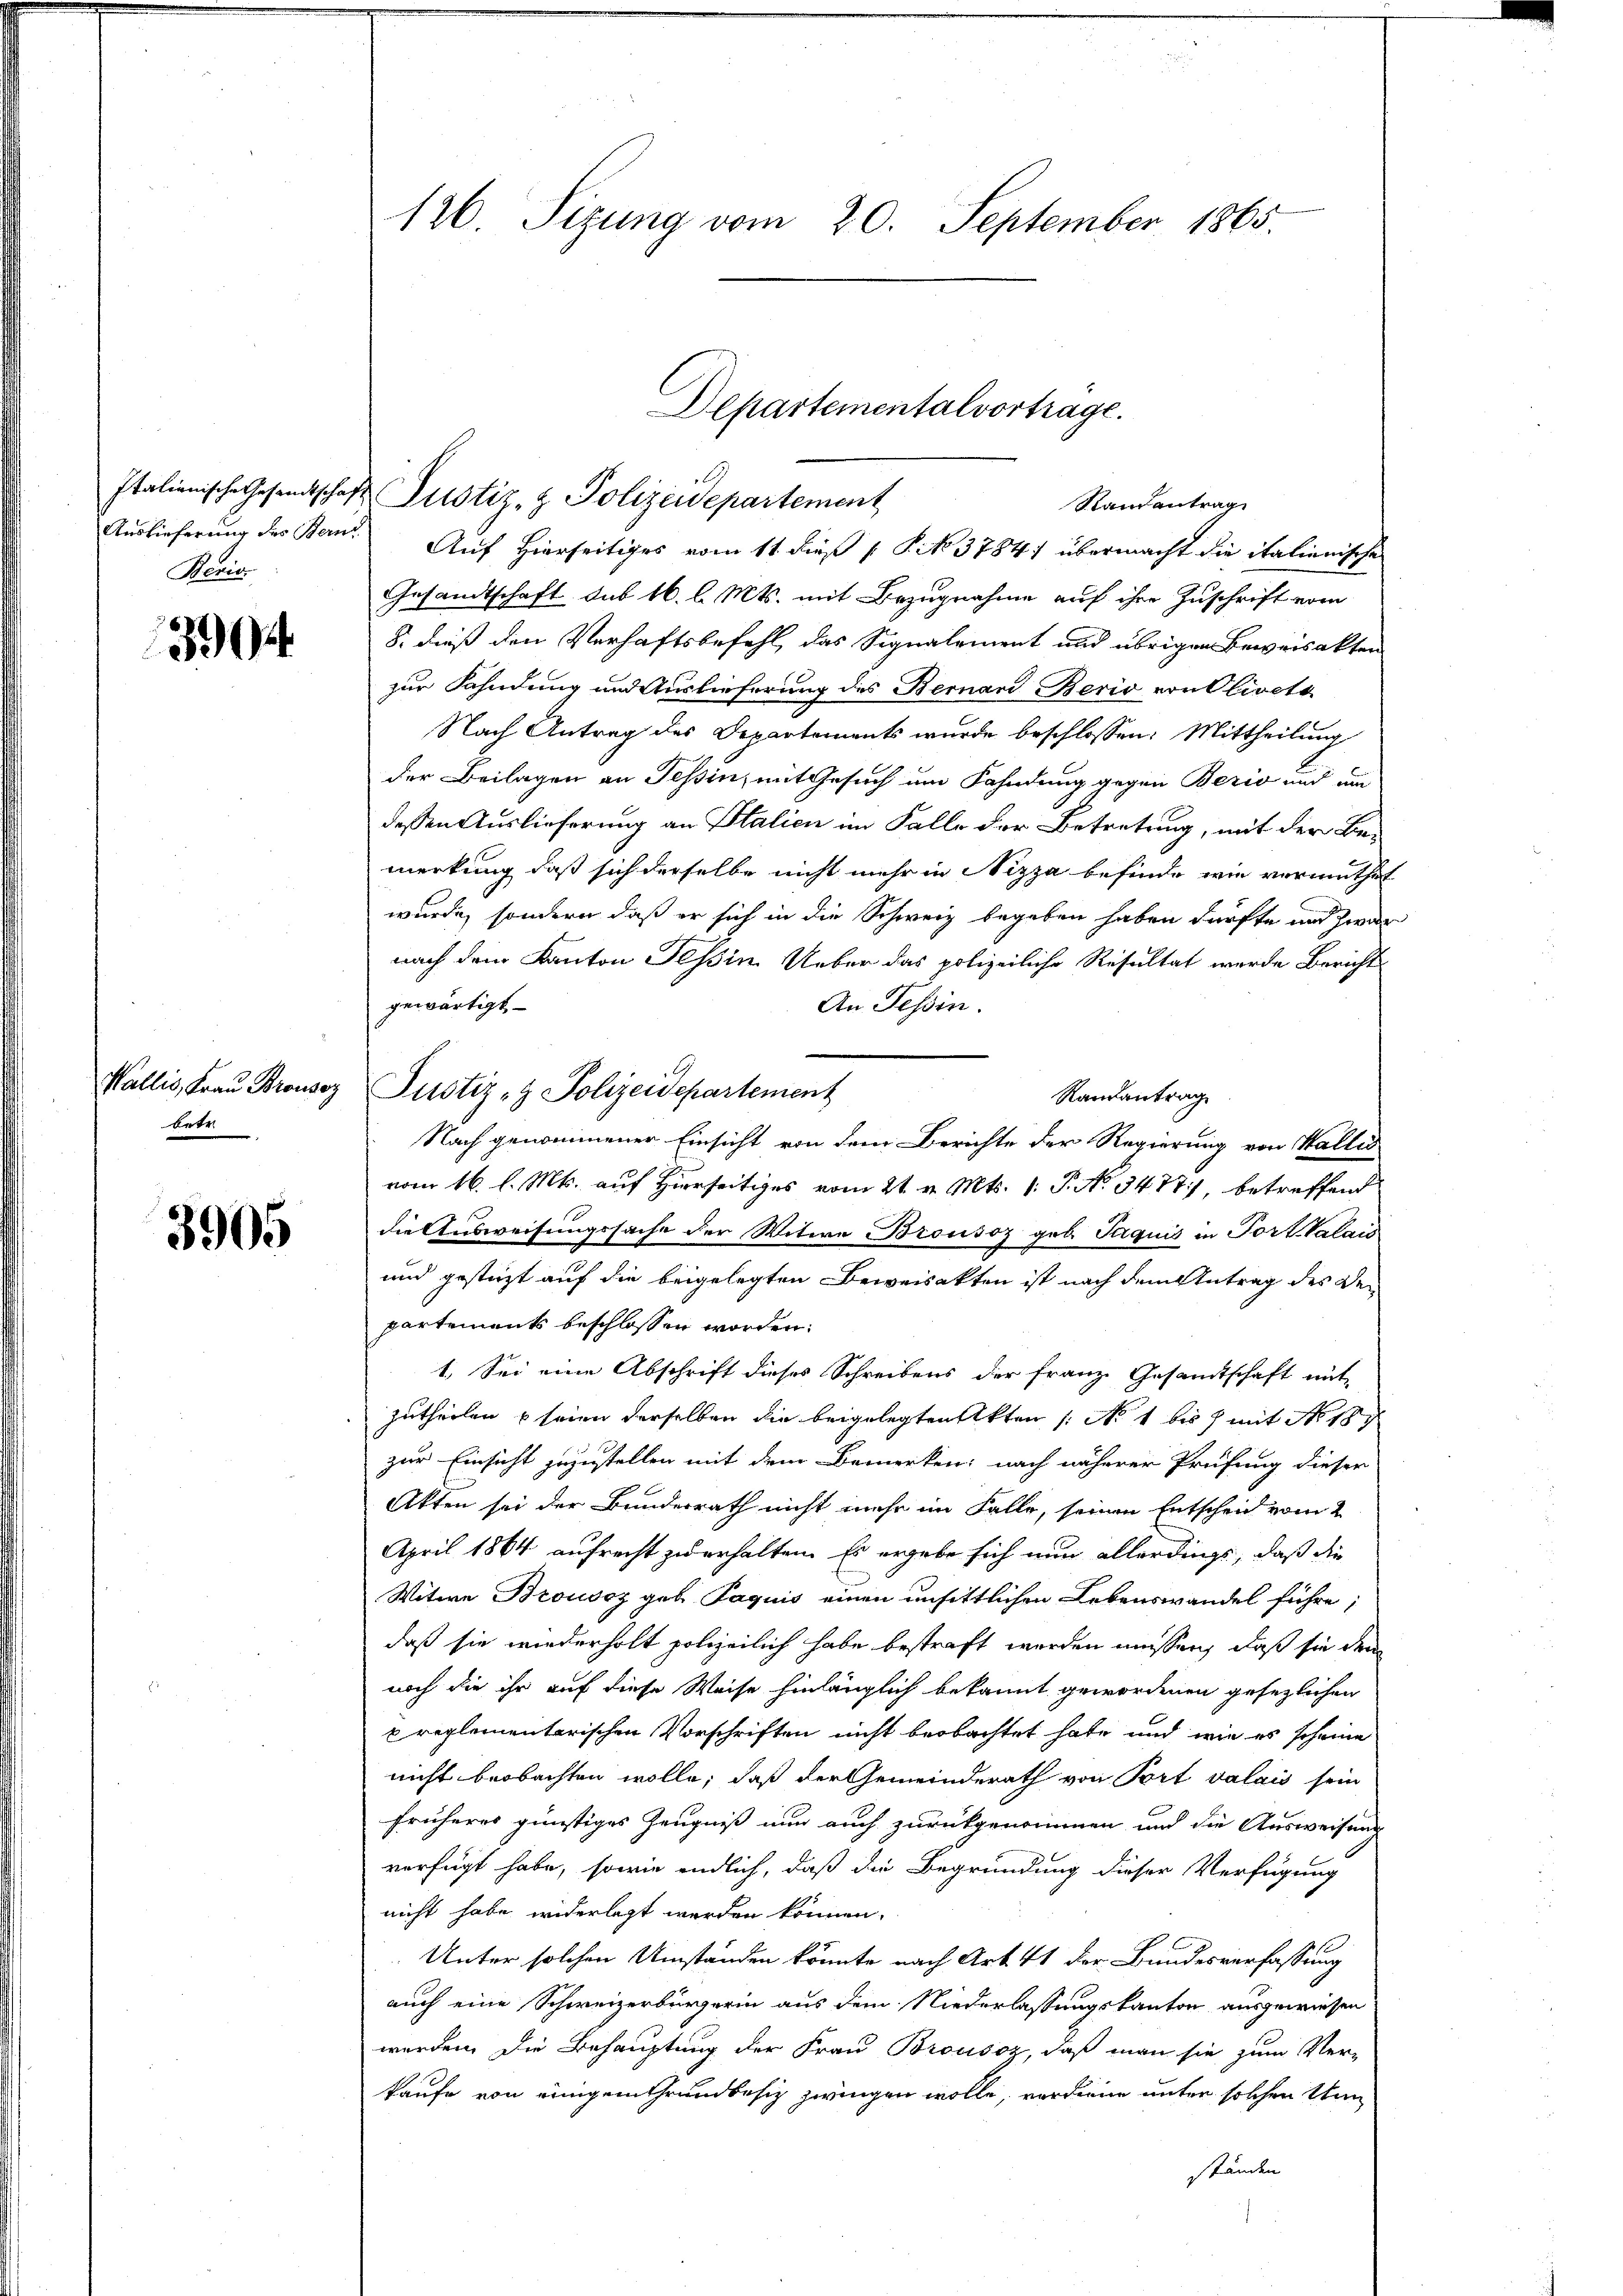
Beric

3994.

Wallis, Frau Brousoz
betr

3905

126. Sizung vom 20. September 1865.

Italienische Gesandtschaft Justiz- & Polizeidepartement
Auslieferung des Bern. Auf Hierseitiges vom 11 dieß [ S. 37841 übermacht die italienische
Gesandtschaft sub 16. l. Mts. mit Bezugnahme auf ihre Zuschrift vom
8. dieß den Verhaftsbefehl, das Signalement und übrigen Beweisakten
zur Fahndung und Auslieferung des Bernard Berio von Olivets
Nach Antrag des Departements wurde beschlossen: Mittheilung
der Beilagen an Tessin, mit Gesuch um Fahndung gegen Berio und um
dessen Auslieferung an Stalien im Falle der Betretung, mit der Be-
merkung daß sich derselbe nicht mehr in Nizza befinde, wie vermuthet
wurde, sondern daß er sich in die Schweiz begeben haben dürfte und zwar
nach dem Kanton Tessin Ueber das polizeiliche Resultat wurde Bericht
gewärtigt
An Tessin.
Randantrag
Nach genommener Einsicht von dem Berichte der Regierung von Wallis
vom 16. l. Mts. auf Hierseitiges vom 21. v. Mts. 1. P. No 3487, betreffend
die Ausweisungssache der Witwe Brousoz geb. Taquis in Port Valais
und gestüzt auf die beigelegten Beweisekten ist nach dem Antrag des Departements beschlossen worden:
1. Sei eine Abschrift dieses Schreibens der Franz Gesamtschaft mit
Zutheilen seien derselben die beigelegten Akten /: No 1 bis 7 mit No 187
zur Einsicht zuzustellen mit dem Bemerken; nach näherer Prüfung dieser
Akten sei der Bundesrath nicht mehr im Falle, seinen Entscheid vom 2
April 1864 aufrecht zu erhalten. Es ergebe sich nun allerdings, daß die
Witwe Broussz geb Paquis einen unsittlichen Lebenswandel führe;
daß sie wiederholt polizeilich habe bestraft werden müssen, daß sie dem
noch die ihr auf diese Weise hinlänglich bekannt gewordenen gesezlichen
u reglementarischen Vorschriften nicht beobachtet habe und wie es scheine
nicht beobachten wolle; daß der Gemeinderath von Port valais sein
früheres günstiges Zeugniß nun auch zurückgenommen und die Ausweisung
verfügt habe, sowie endlich, daß die Begründung dieser Verfügung
nicht habe widerlegt werden können.
Unter solchen Umständen könnte nach Art. 41 der Bundesverfassung
auch eine Schweizerbürgerin aus dem Niederlassungskanton ausgewiesen
werden. Die Behauptung der Frau Brousaz, daß man sie zum Ver-
kaufe von einigem Grundbesitz zwingen wolle, verdiene unter solchen Ann
ständen

Justiz- & Polizeidepartement

Departementalvortrage.
Stand antrag